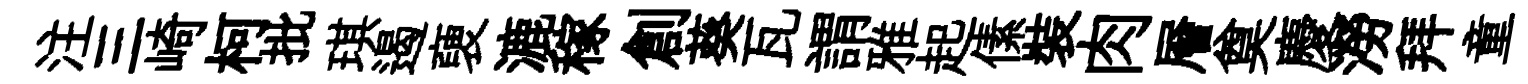
注三崎柯批琪遏褏漉稼創葵瓦謂雅起傃裝肉層奠慶澇拜童